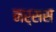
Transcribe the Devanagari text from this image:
नर्सस